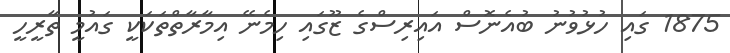
1875 ގައި ހުޅުވުނު ބުއެނޮސް އައިރިސްގެ ޒޫގައި ހިމެނޭ އިމާރާތްތަކަކީ ގައުމީ ތާރީހީ